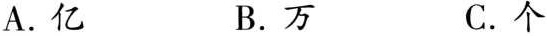
A.亿 B.万 C.个